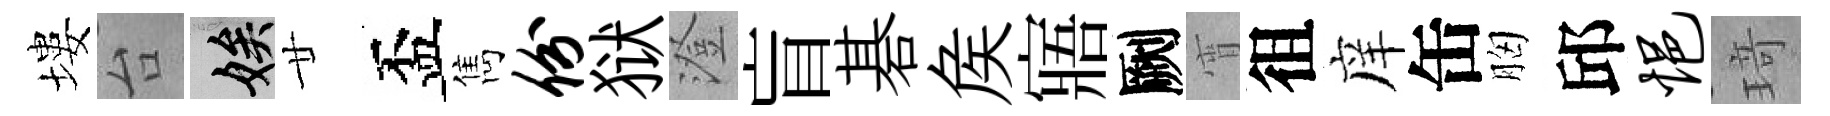
塿台娭廿盃雋份狱澄盲碁矦寤劂宵徂庠缶胸邱悒𤦺